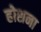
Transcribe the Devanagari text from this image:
होशना